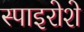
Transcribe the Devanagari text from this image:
स्पाइरोशे